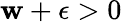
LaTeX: \mathbf{w}+\epsilon>0